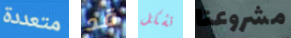
متعددة قد تشكل مشروعنا